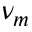
\nu _ { m }